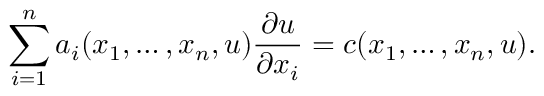
\sum _ { i = 1 } ^ { n } a _ { i } ( x _ { 1 } , \dots , x _ { n } , u ) { \frac { \partial u } { \partial x _ { i } } } = c ( x _ { 1 } , \dots , x _ { n } , u ) .